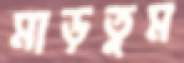
মাড়তুম